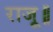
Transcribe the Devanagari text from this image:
राजू॥